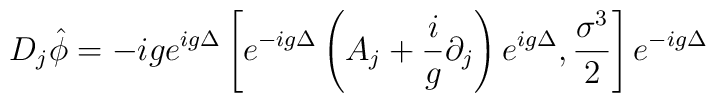
D_{j} \hat{\phi}  = -ig e^{ig \Delta} \left[ e^{-ig \Delta} \left( A_{j}+ \frac{i}{g} \partial_{j} \right) e^{ig \Delta} , \frac{\sigma^{3}}{2}\right] e^{-ig \Delta}